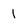
Character: l